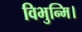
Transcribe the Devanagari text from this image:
विभुन्मि।